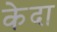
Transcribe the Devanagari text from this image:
केदा